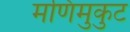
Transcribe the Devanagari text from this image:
मणिमुकुट